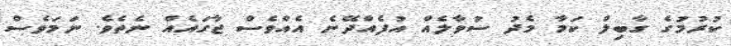
ކުރުމުގެ ގާބިލް ކަމާ މެދު ސުވާލެއް އުފެއްދޭނެ އެއްވެސް ޖާގައެއް ނެތެވެ. ނަމަވެސް